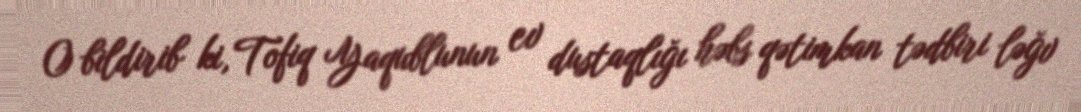
O bildirib ki, Tofiq Yaqublunun ev dustaqlığı həbs qətimkan tədbiri ləğv